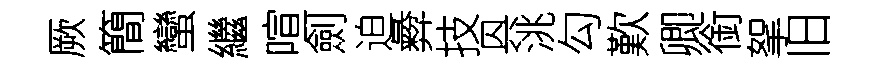
厥簡蠻繼喧劍迫彜技㒷洮勾歎卿銜挐旧